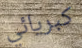
كبريائي